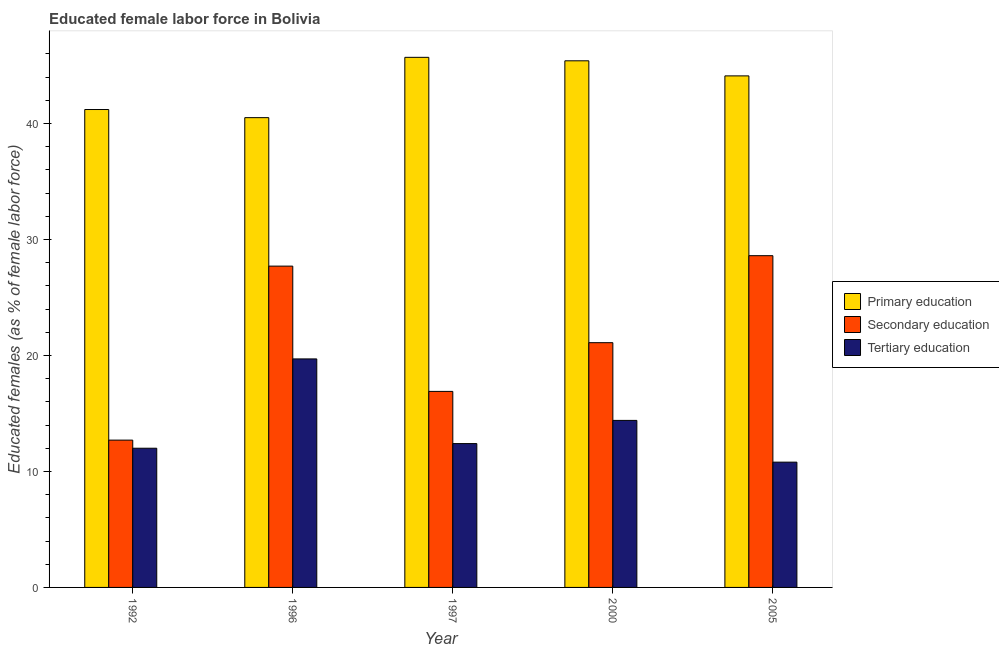
| Year | Primary education | Secondary education | Tertiary education |
 | --- | --- | --- | --- |
 | 1992 | 41.2 | 12.7 | 12 |
 | 1996 | 40.5 | 27.7 | 19.7 |
 | 1997 | 45.7 | 16.9 | 12.4 |
 | 2000 | 45.4 | 21.1 | 14.4 |
 | 2005 | 44.1 | 28.6 | 10.8 |